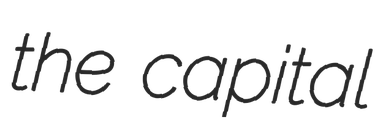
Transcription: the capital